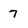
Character: 7